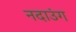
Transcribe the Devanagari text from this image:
नदाउंग